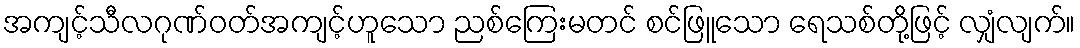
အကျင့်သီလဂုဏ်ဝတ်အကျင့်ဟူသော ညစ်ကြေးမတင် စင်ဖြူသော ရေသစ်တို့ဖြင့် လျှံလျက်။